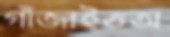
গাঁজাইতঅ